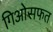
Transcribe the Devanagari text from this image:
गिओसफत